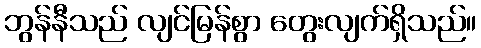
ဘွန်နီသည် လျင်မြန်စွာ တွေးလျက်ရှိသည်။